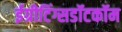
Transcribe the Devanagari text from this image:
ईग्रीटिंग्सडॉटकॉम